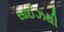
સાઈઝથી